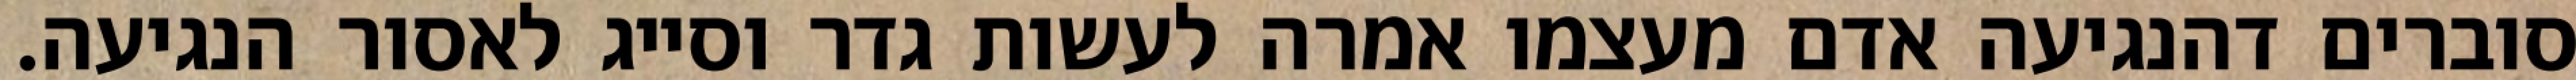
סוברים דהנגיעה אדם מעצמו אמרה לעשות גדר וסייג לאסור הנגיעה.